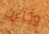
وجاءت